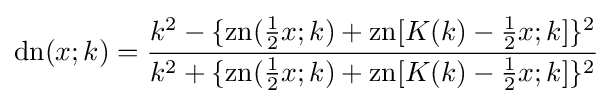
\operatorname {dn} (x;k)={\frac {k^{2}-\{\operatorname {zn} ({\tfrac {1}{2}}x;k)+\operatorname {zn} [K(k)-{\tfrac {1}{2}}x;k]\}^{2}}{k^{2}+\{\operatorname {zn} ({\tfrac {1}{2}}x;k)+\operatorname {zn} [K(k)-{\tfrac {1}{2}}x;k]\}^{2}}}